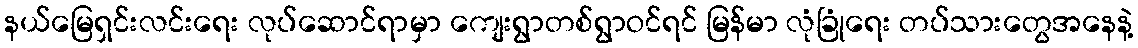
နယ်မြေရှင်းလင်းရေး လုပ်ဆောင်ရာမှာ ကျေးရွာတစ်ရွာဝင်ရင် မြန်မာ လုံခြုံရေး တပ်သားတွေအနေနဲ့